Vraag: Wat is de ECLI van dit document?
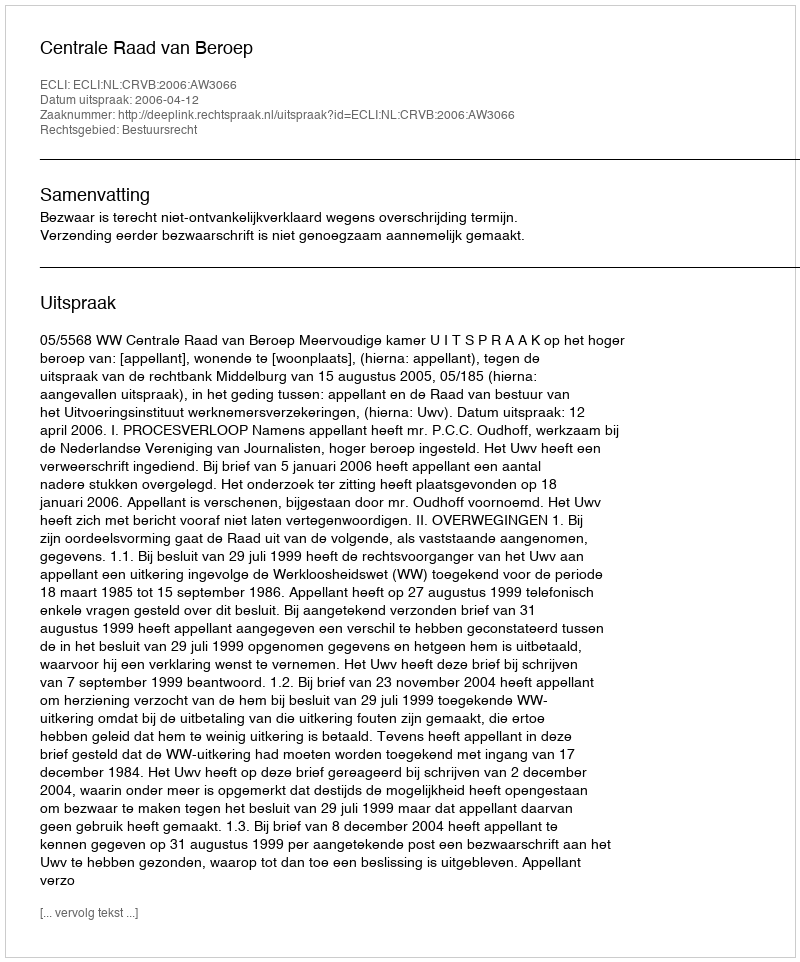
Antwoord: ECLI:NL:CRVB:2006:AW3066